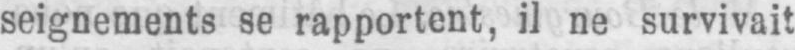
seignements se rapportent, il ne survivait